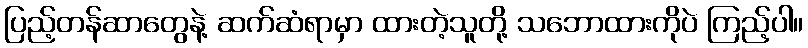
ပြည့်တန်ဆာတွေနဲ့ ဆက်ဆံရာမှာ ထားတဲ့သူတို့ သဘောထားကိုပဲ ကြည့်ပါ။